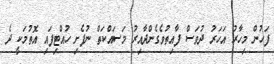
ފަހުން މިހާރު އަހަރު ދުވަސް ފާއިތުވެގެންދާއިރު މަސައްކަތް ނުފެށި ހުއްޓިފައި އޮތުމަކީ ދެ